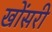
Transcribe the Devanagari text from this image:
खोंसरी